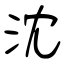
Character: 沈